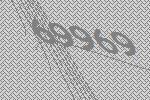
69969